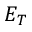
E _ { T }